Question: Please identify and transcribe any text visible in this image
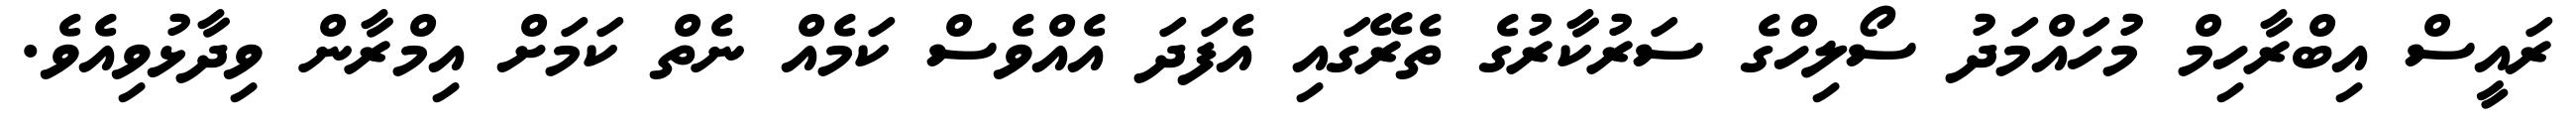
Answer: ރައީސް އިބްރާހިމް މުހައްމަދު ސޯލިހްގެ ސަރުކާރުގެ ތެރޭގައި އެފަދަ އެއްވެސް ކަމެއް ނެތް ކަމަށް އިމްރާން ވިދާޅުވިއެވެ.